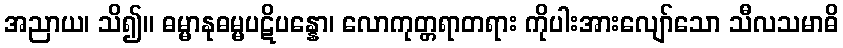
အညာယ၊ သိ၍။ ဓမ္မာနုဓမ္မပဋိပန္နော၊ လောကုတ္တရာတရား ကိုပါးအားလျော်သော သီလသမာဓိ